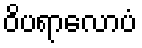
ဝိပရာလောပံ